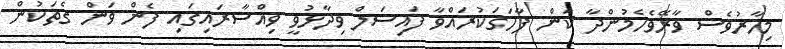
މިހާރުވެސް ވާރޭވެހެމުންދާ ކަން ފާހަގަކުރައްވާ ފައިސަލް ވިދާޅުވީ ވިއްސާރައިގައި ފެން ވަން ގެތަކުން